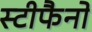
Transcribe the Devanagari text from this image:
स्टीफैनो